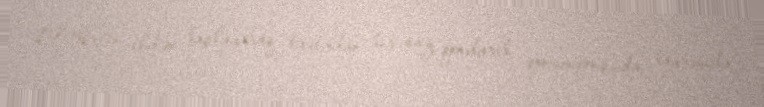
1936-cı ildən başlayaraq taxtadan bir saz qondarıb, qonumqonşuda, bayramda,